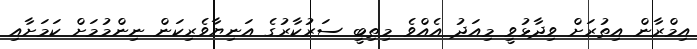
އިމްރާން އިތުރަށް ވިދާޅުވީ މިއަދު އެއްވެ މިތިބީ ސަރުކާރުގެ އަނިޔާވެރިކަން ނިންމުމަށް ކަމަށާއި